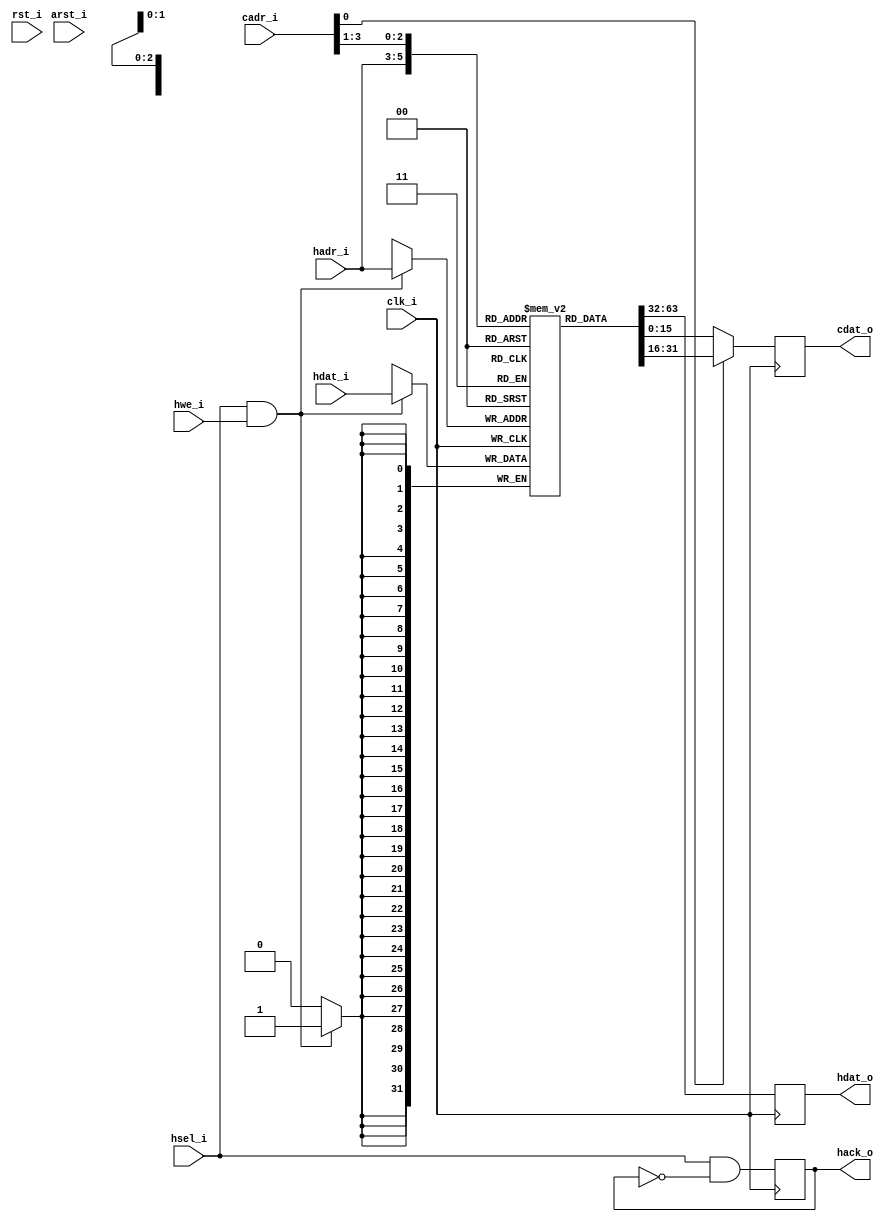
/////////////////////////////////////////////////////////////////////
////                                                             ////
////  WISHBONE rev.B2 compliant enhanced VGA/LCD Core            ////
////  Hardware Cursor Color Registers                            ////
////                                                             ////
////          richard@asics.ws                                   ////
////          www.asics.ws                                       ////
////                                                             ////
////  Downloaded from: http://www.opencores.org/projects/vga_lcd ////
////                                                             ////
/////////////////////////////////////////////////////////////////////
////                                                             ////
//// Copyright (C) 2002 Richard Herveille                        ////
////                    richard@asics.ws                         ////
////                                                             ////
//// This source file may be used and distributed without        ////
//// restriction provided that this copyright statement is not   ////
//// removed from the file and that any derivative work contains ////
//// the original copyright notice and the associated disclaimer.////
////                                                             ////
////     THIS SOFTWARE IS PROVIDED ``AS IS'' AND WITHOUT ANY     ////
//// EXPRESS OR IMPLIED WARRANTIES, INCLUDING, BUT NOT LIMITED   ////
//// TO, THE IMPLIED WARRANTIES OF MERCHANTABILITY AND FITNESS   ////
//// FOR A PARTICULAR PURPOSE. IN NO EVENT SHALL THE AUTHOR      ////
//// OR CONTRIBUTORS BE LIABLE FOR ANY DIRECT, INDIRECT,         ////
//// INCIDENTAL, SPECIAL, EXEMPLARY, OR CONSEQUENTIAL DAMAGES    ////
//// (INCLUDING, BUT NOT LIMITED TO, PROCUREMENT OF SUBSTITUTE   ////
//// GOODS OR SERVICES; LOSS OF USE, DATA, OR PROFITS; OR        ////
//// BUSINESS INTERRUPTION) HOWEVER CAUSED AND ON ANY THEORY OF  ////
//// LIABILITY, WHETHER IN  CONTRACT, STRICT LIABILITY, OR TORT  ////
//// (INCLUDING NEGLIGENCE OR OTHERWISE) ARISING IN ANY WAY OUT  ////
//// OF THE USE OF THIS SOFTWARE, EVEN IF ADVISED OF THE         ////
//// POSSIBILITY OF SUCH DAMAGE.                                 ////
////                                                             ////
/////////////////////////////////////////////////////////////////////

//  CVS Log
//
//  $Id: vga_cur_cregs.v,v 1.3 2003-05-07 09:48:54 rherveille Exp $
//
//  $Date: 2003-05-07 09:48:54 $
//  $Revision: 1.3 $
//  $Author: rherveille $
//  $Locker:  $
//  $State: Exp $
//
// Change History:
//               $Log: not supported by cvs2svn $
//               Revision 1.2  2002/03/04 16:05:52  rherveille
//               Added hardware cursor support to wishbone master.
//               Added provision to turn-off 3D cursors.
//               Fixed some minor bugs.
//
//               Revision 1.1  2002/03/04 11:01:59  rherveille
//               Added 64x64pixels 4bpp hardware cursor support.
//
//

//synopsys translate_off
//synopsys translate_on

module vga_cur_cregs (
	clk_i, rst_i, arst_i,
	hsel_i, hadr_i, hwe_i, hdat_i, hdat_o, hack_o,
	cadr_i, cdat_o
	);

	//
	// inputs & outputs
	//

	// wishbone signals
	input         clk_i;         // master clock input
	input         rst_i;         // synchronous active high reset
	input         arst_i;        // asynchronous active low reset

	// host interface
	input         hsel_i;        // host select input
	input  [ 2:0] hadr_i;        // host address input
	input         hwe_i;         // host write enable input
	input  [31:0] hdat_i;        // host data in
	output [31:0] hdat_o;        // host data out
	output        hack_o;        // host acknowledge out

	reg [31:0] hdat_o;
	reg        hack_o;
	
	// cursor processor interface
	input  [ 3:0] cadr_i;        // cursor address in
	output [15:0] cdat_o;        // cursor data out

	reg [15:0] cdat_o;


	//
	// variable declarations
	//
	reg  [31:0] cregs [7:0];  // color registers
	wire [31:0] temp_cdat;

	//
	// module body
	//


	////////////////////////////
	// generate host interface

	// write section
	always@(posedge clk_i)
		if (hsel_i & hwe_i)
			cregs[hadr_i] <= #1 hdat_i;

	// read section
	always@(posedge clk_i)
		hdat_o <= #1 cregs[hadr_i];

	// acknowledge section
	always@(posedge clk_i)
		hack_o <= #1 hsel_i & !hack_o;


	//////////////////////////////
	// generate cursor interface

	// read section
	assign temp_cdat = cregs[cadr_i[3:1]];

	always@(posedge clk_i)
		cdat_o <= #1 cadr_i[0] ? temp_cdat[31:16] : temp_cdat[15:0];

endmodule